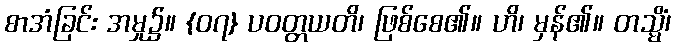
စာအံခြင်း အမှု၌။ {၀၇} ပဝတ္တယတိ၊ ဖြစ်စေ၏။ ဟိ၊ မှန်၏။ တသ္မိံ၊